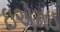
ઇએમઇ